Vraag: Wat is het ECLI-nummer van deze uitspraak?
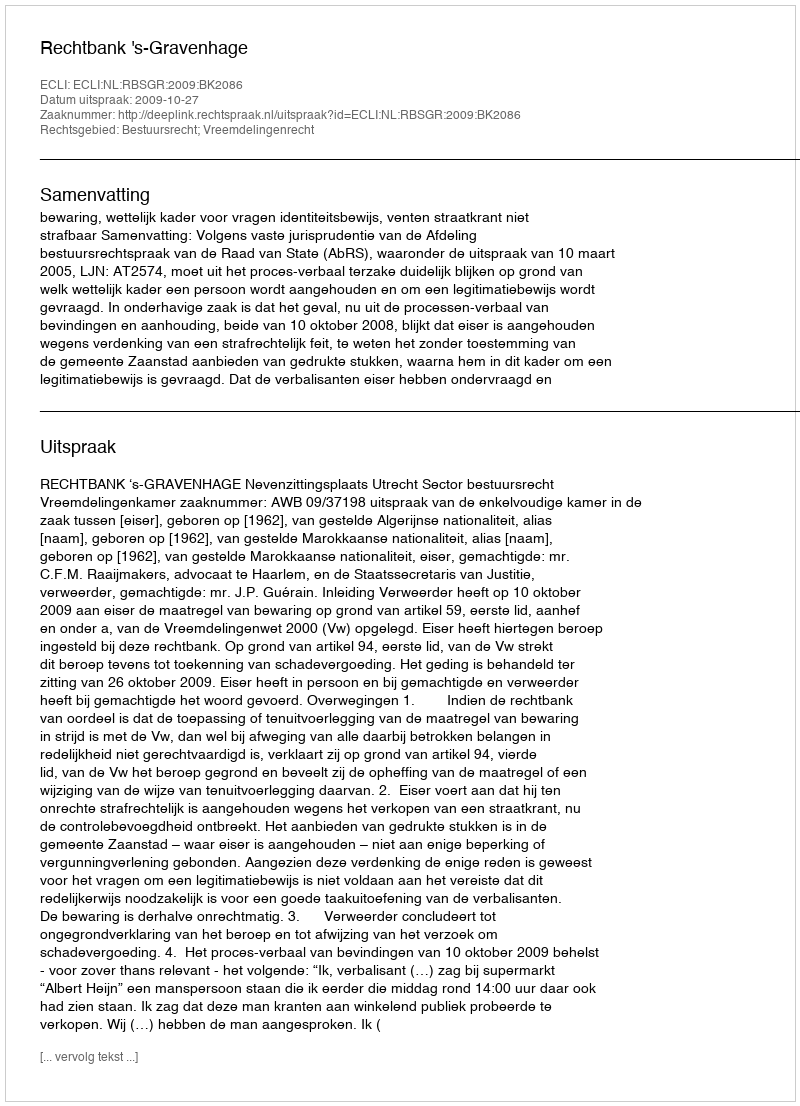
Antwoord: ECLI:NL:RBSGR:2009:BK2086